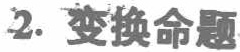
2. 变换命题